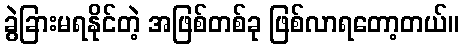
ခွဲခြားမရနိုင်တဲ့ အဖြစ်တစ်ခု ဖြစ်လာရတော့တယ်။